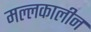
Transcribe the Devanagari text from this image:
मल्लकालीन